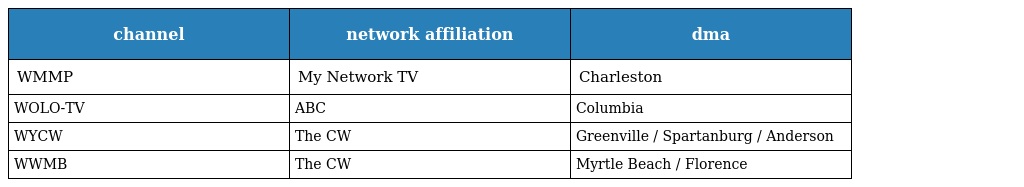
| channel | network affiliation | dma |
 | --- | --- | --- |
 | WMMP | My Network TV | Charleston |
 | WOLO-TV | ABC | Columbia |
 | WYCW | The CW | Greenville / Spartanburg / Anderson |
 | WWMB | The CW | Myrtle Beach / Florence |